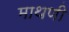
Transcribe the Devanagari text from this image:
माथणी